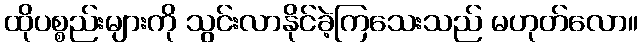
ထိုပစ္စည်းများကို သွင်းလာနိုင်ခဲ့ကြသေးသည် မဟုတ်လော။